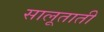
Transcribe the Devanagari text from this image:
सालूताती